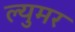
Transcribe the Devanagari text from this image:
ल्युमर